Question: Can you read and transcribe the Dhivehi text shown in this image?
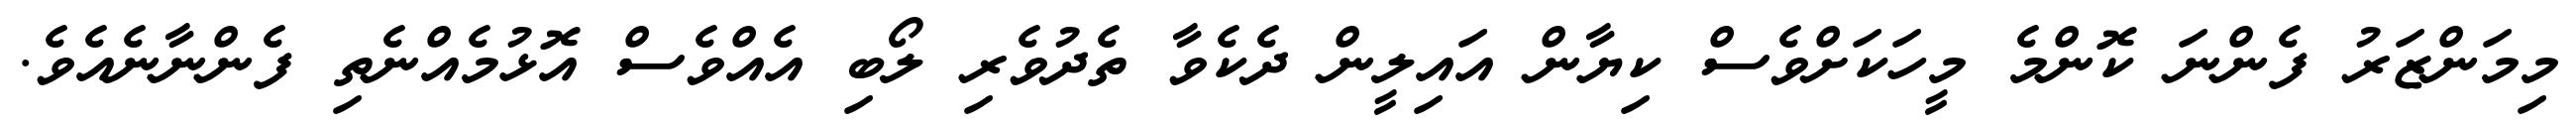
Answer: މިމަންޒަރު ފެންނަ ކޮންމެ މީހަކަށްވެސް ކިޔާން އައިލީން ދެކެވާ ތެދުވެރި ލޯބި އެއްވެސް އޮޅުމެއްނެތި ފެންނާނެއެވެ.